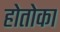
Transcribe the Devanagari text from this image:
होतोका